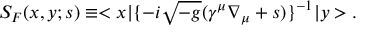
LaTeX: S _ { F } ( x , y ; s ) \equiv < x | \{ - i \sqrt { - g } ( \gamma ^ { \mu } \nabla _ { \mu } + s ) \} ^ { - 1 } | y > .